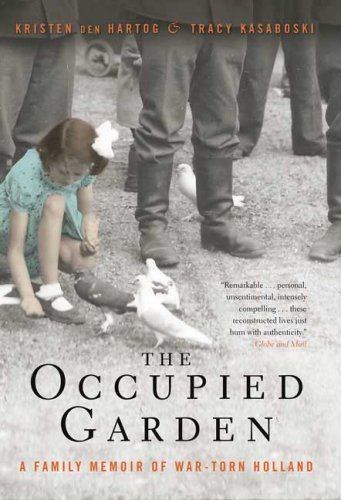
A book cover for The Occupied Garden: A Family Memoir of War-Torn Holland; Kristen den Hartog; Biographies & Memoirs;